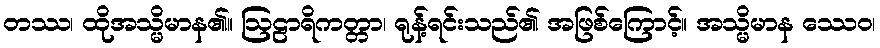
တဿ၊ ထိုအသ္မိမာန၏။ ဩဠာရိကတ္တာ၊ ရုန့်ရင်းသည်၏ အဖြစ်ကြောင့်။ အသ္မိမာန ဿေဝ၊